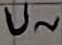
Text: U~